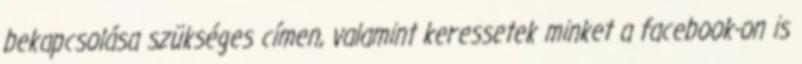
bekapcsolása szükséges címen, valamint keressetek minket a facebook-on is